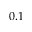
0 . 1